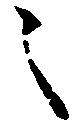
之